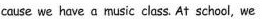
cause we hove a music class. At school, we